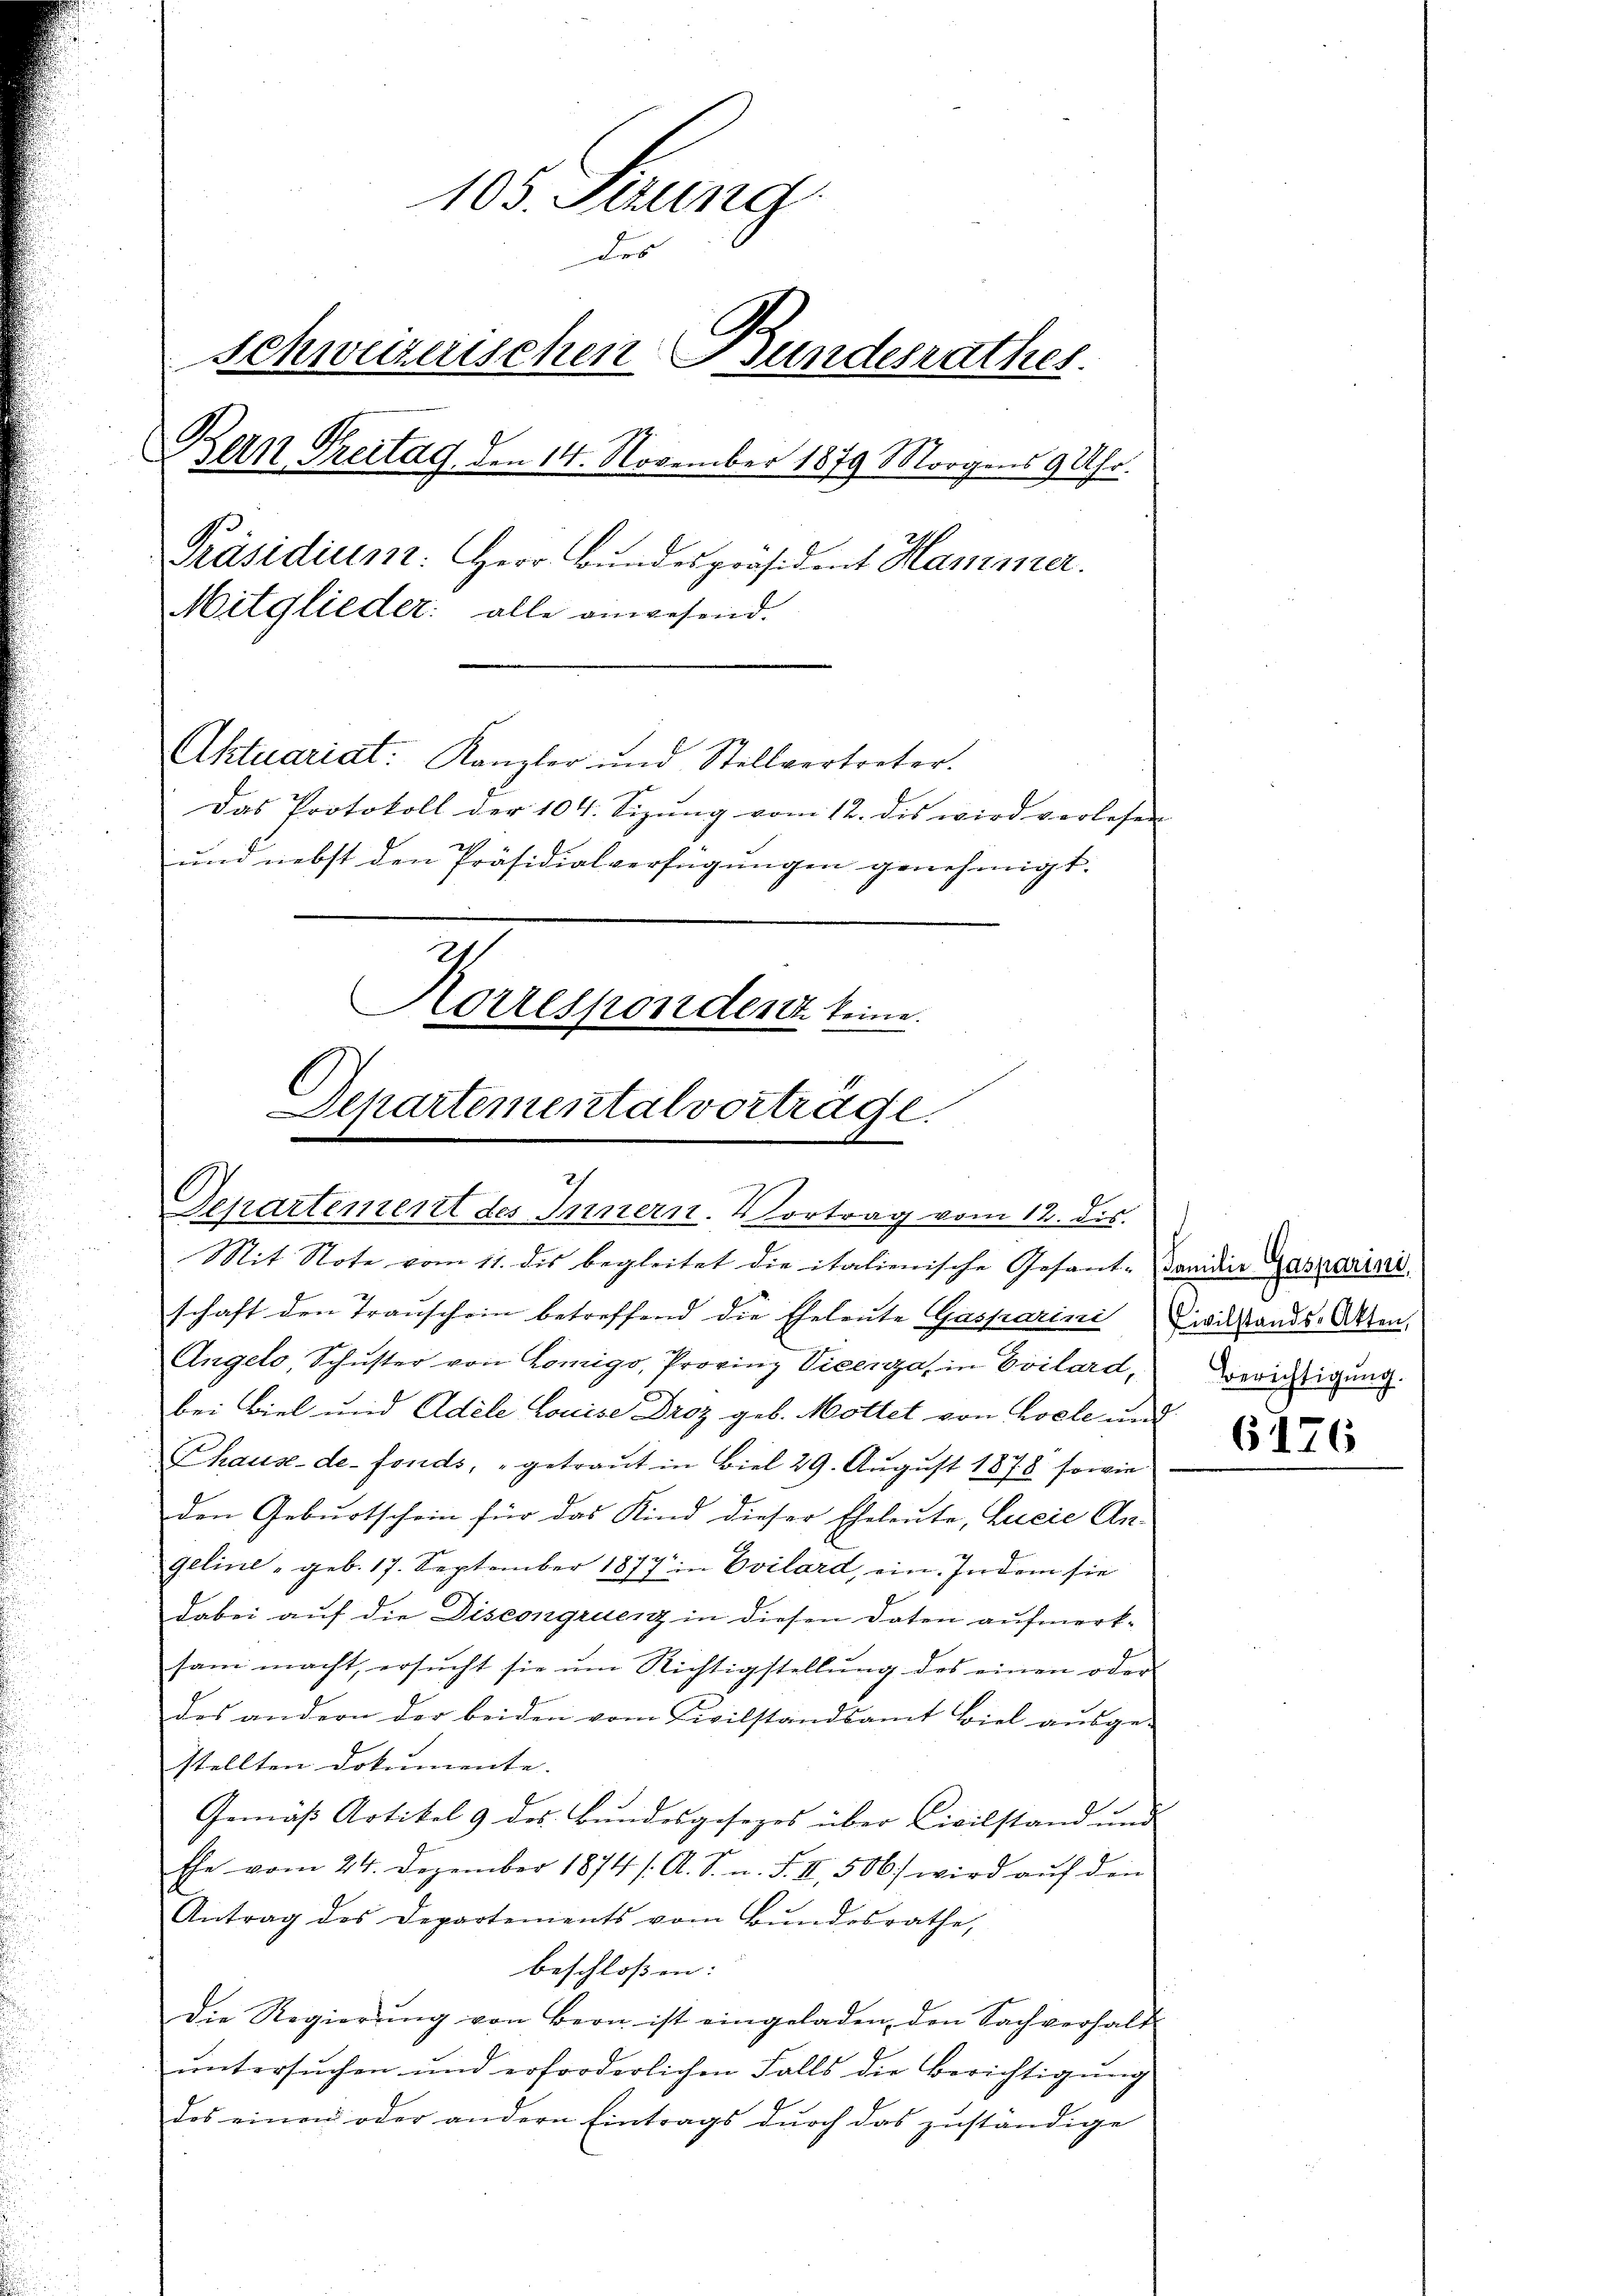
105. Serung
des
Schweizerischen Bundesrathes.
Bern Preitag den 14. November 1879 Morgens 9 Uhr.
Präsidiunt: Herr Bŭndespräsident Hansinner.
Mitglieder: alle anwesend.
Aktuariat: Kanzler und Stellvertreter.
Das Protokoll der 104. Sizŭng vom 12. dis wird vorlesen
und nebst den Präsidialverfügungen genehmigt.
Korrespondenz keine.

Departemental vorträge.
Separtement des Innern. Vortrag vom 12. dis.

Mit Note vom 11. dis begleitet die italienische Gesant-danidie Gaspariai
schaft den Trauschein betreffend die Eheleute Gasparini wilstands-Akten.
Angelo, Schuster von Königo, Provinz Vicenza in Evilard¬
B
bei Biel und Adele Louise Droz geb. Mottet von Loele und
Chaux-de-Fonds, "getraŭt in Biel 29. Aŭgŭst 1878 sowie
den Geburtschein für das Kind dieser Eheleute, Lucie An-
geline - geb. 17. September 1877 in Evilard, ein. Indem sie
dabei auf die Discongruenz in diesen Daten aufmerk-
sam macht, ersŭcht sie ŭm Richtigstellŭng des einen oder
des andern der beiden vom Civilstandsamt Biel aŭsge-
stellten Dokumente. |
Gemäß Artikel 9 des Bundesgesezes über Civilstand und
Ehe vom 24. Dezember 1874 /A. S. n. F. II 506. wird aŭf den
Antrag des Departements vom Bŭndesrathe,
beschlossen: |
die Regierŭng von Bern ist eingeladen, den Sachverhalt
untersuchen und erforderlichen Falls die Berichtigung
des einen oder andern Eintrags durch das zuständige

Berichtigung.

6176